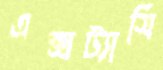
এক্সট্যাসি